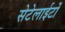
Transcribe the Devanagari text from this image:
सेटेलाईटों